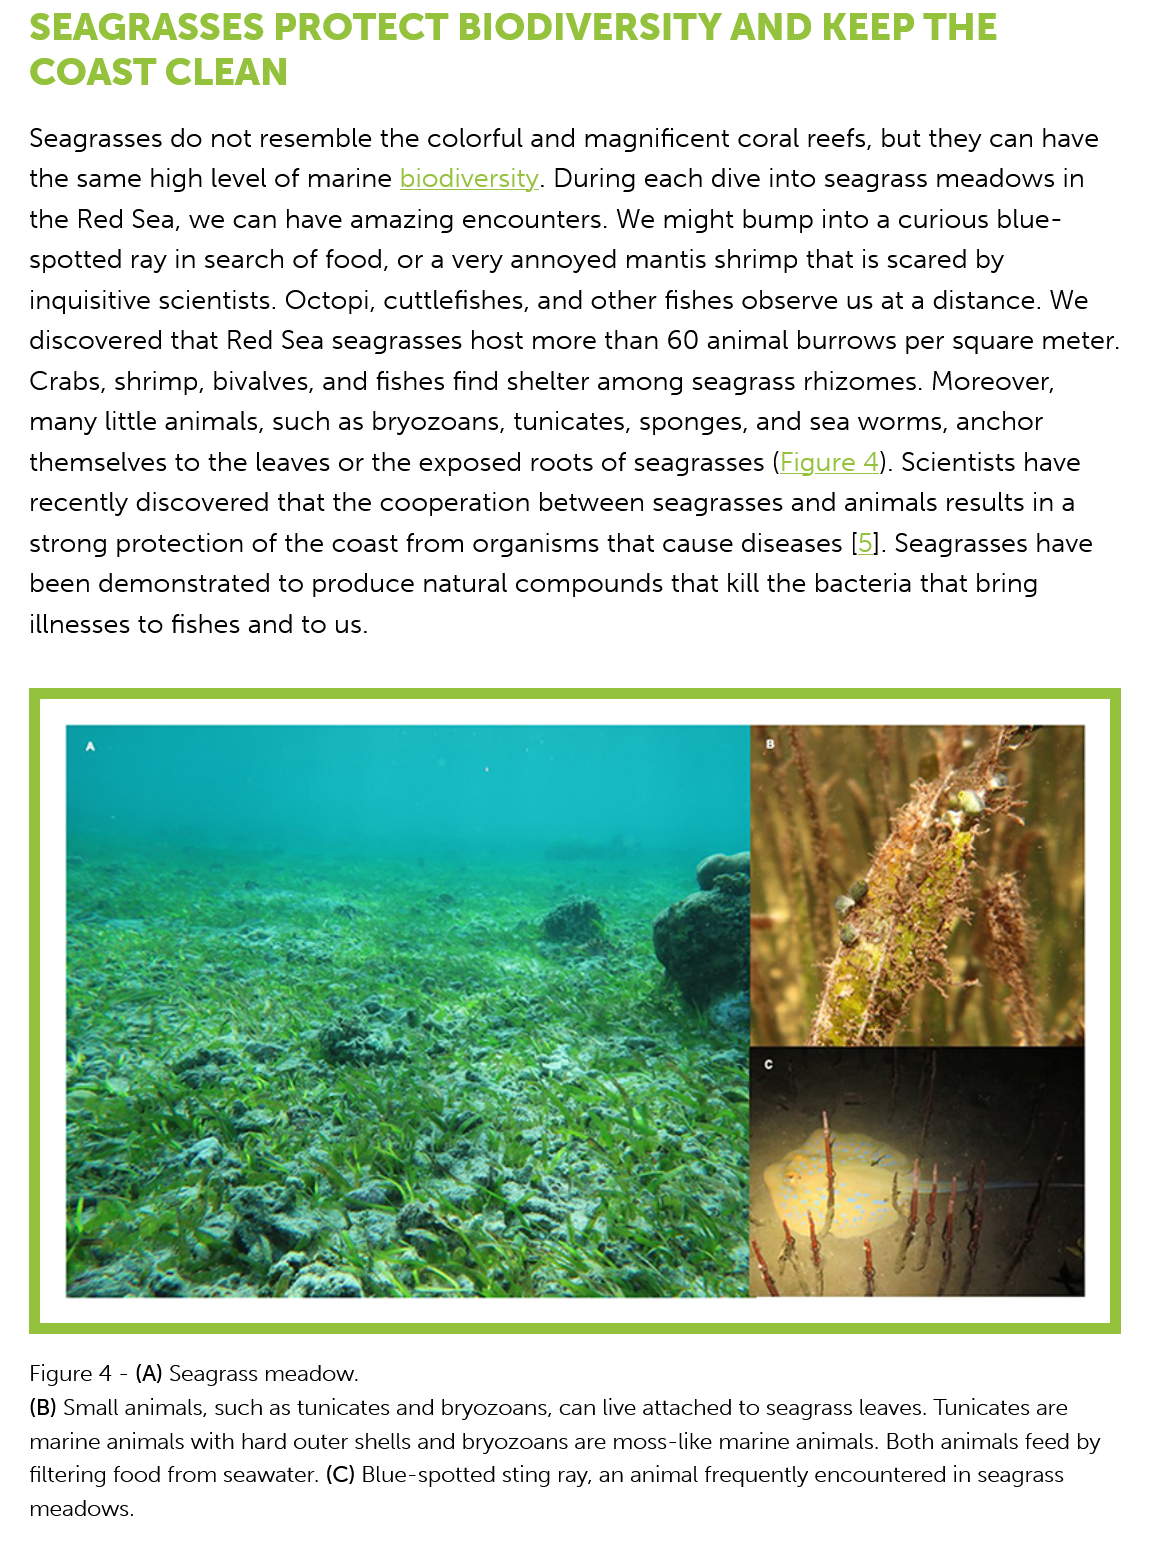
SEAGRASSES    PROTECT    BIODIVERSITY    AND    KEEP    THE
   COAST    CLEAN
   Seagrasses  do  not resemble  the colorful and  magnificent  coral reefs, but they can have
   the same high level  of marine  biodiversity. During each  dive into seagrass meadows   in
   the Red  Sea, we  can have  amazing  encounters.   We  might  bump into  a curious blue-
   spotted  ray in search of food, or a very annoyed   mantis shrimp that  is scared by
   inquisitive scientists. Octopi, cuttlefishes, and other fishes observe us at a distance. We
   discovered  that Red  Sea seagrasses  host more   than 60 animal  burrows per   square meter.
   Crabs, shrimp,  bivalves, and fishes find shelter among  seagrass  rhizomes.  Moreover,
   many little animals, such  as bryozoans,  tunicates, sponges,  and sea worms,   anchor
   themselves to   the leaves or the exposed  roots of seagrasses (Figure   4). Scientists have
   recently discovered  that the cooperation   between   seagrasses  and animals  results in a
   strong  protection of the coast  from organisms   that cause diseases  [5]. Seagrasses have
   been  demonstrated    to produce  natural compounds   that kill the bacteria that bring
   illnesses to fishes and to us.
   Figure 4
     -
     (A) Seagrass meadow.
   (B) Small animals, such as tunicates and bryozoans, can live attached to seagrass leaves. Tunicates are
   marine animals with hard outer shells and bryozoans are moss-like marine animals. Both animals feed by
   filtering food from seawater. (C) Blue-spotted sting ray, an animal frequently encountered in seagrass
   meadows.